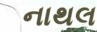
નાથલ